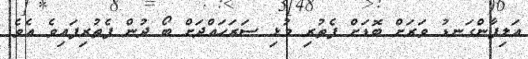
އަލިފާންގަނޑު ވަރަށް ބޮޑަށް ފެތުރި މުޅި ސަރަހައްދަށް ބޯ ދުން ފެތުރިފައިވެ އެވެ.